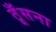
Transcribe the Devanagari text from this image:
ठूँसना